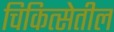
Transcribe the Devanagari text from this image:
चिकित्सेतील